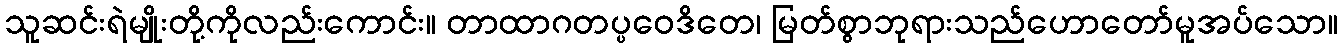
သူဆင်းရဲမျိုးတို့ကိုလည်းကောင်း။ တာထာဂတပ္ပဝေဒိတေ၊ မြတ်စွာဘုရားသည်ဟောတော်မူအပ်သော။